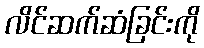
လိင်ဆက်ဆံခြင်းကို